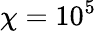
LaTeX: \chi=10^{5}